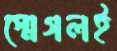
স্মেগলই